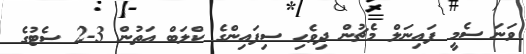
ވަނަ ސެމީ ފައިނަލް މެޗުން ދިވެހި ސިފައިންގެ ކްލަބް އަތުން 3-2 ސެޓުގެ